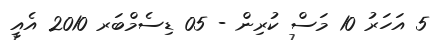
5 އަހަރު 10 މަސް ކުރިން - 05 ޑިސެމްބަރ 2010 އެއީ